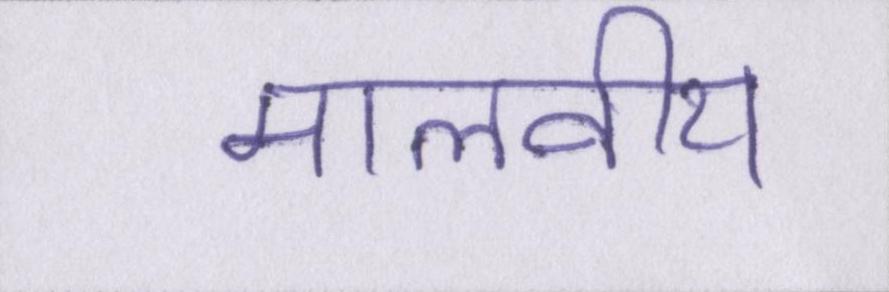
मालवीय